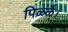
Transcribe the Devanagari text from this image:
पिळ्ळै।